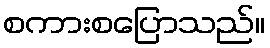
စကားစပြောသည်။